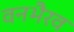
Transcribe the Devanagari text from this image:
वनभैरव